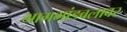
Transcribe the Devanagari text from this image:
भागभांडवलावर